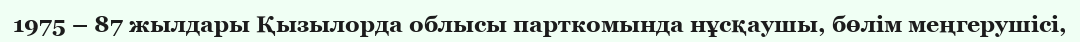
1975 – 87 жылдары Қызылорда облысы парткомында нұсқаушы, бөлім меңгерушісі,